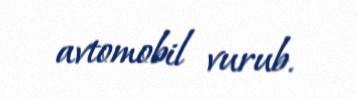
avtomobil vurub.